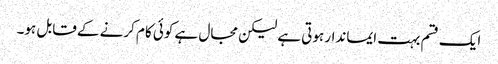
ایک قسم بہت ایماندار ہوتی ہے لیکن مجال ہے کوئی کام کرنے کے قابل ہو۔